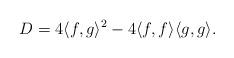
LaTeX: \begin{align*} D = 4\langle f,g\rangle^2 - 4\langle f,f\rangle\langle g,g\rangle.\end{align*}